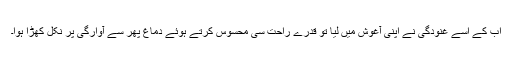
اب کے اسے غنودگی نے اپنی آغوش میں لیا تو قدرے راحت سی محسوس کرتے ہوئے دماغ پھر سے آوارگی پر نکل کھڑا ہوا۔